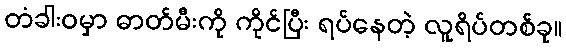
တံခါးဝမှာ ဓာတ်မီးကို ကိုင်ပြီး ရပ်နေတဲ့ လူရိပ်တစ်ခု။